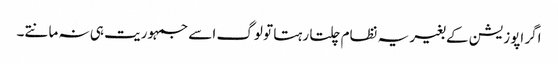
اگر اپوزیشن کے بغیر یہ نظام چلتا رہتا تو لوگ اسے جمہوریت ہی نہ مانتے۔